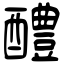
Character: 醴